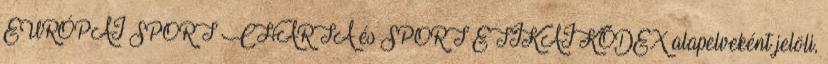
EURÓPAI SPORT CHARTA és SPORT ETIKAI KÓDEX alapelveként jelöli,